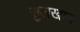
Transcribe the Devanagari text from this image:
सुलखान